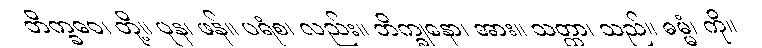
ဘိက္ခဝေ၊ တို့။ ပုန၊ ဖန်။ ပရံစ၊ လည်း။ ဘိက္ခုနော၊ အား။ သတ္ထာ၊ သည်။ ဓမ္မံ၊ ကို။